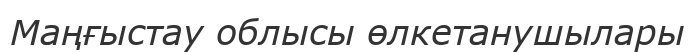
Маңғыстау облысы өлкетанушылары